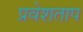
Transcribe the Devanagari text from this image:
प्रवेशताप